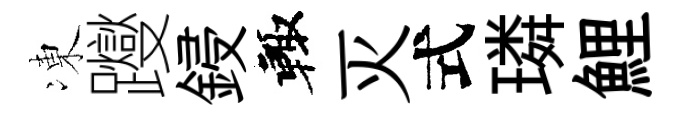
凍躞鋟輙灭式璘鯉